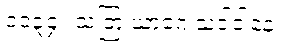
၁၁၃၄။ သတြံ ယာဂေ သဒါဒါနေ၊